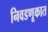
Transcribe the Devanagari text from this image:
निवडणूकात